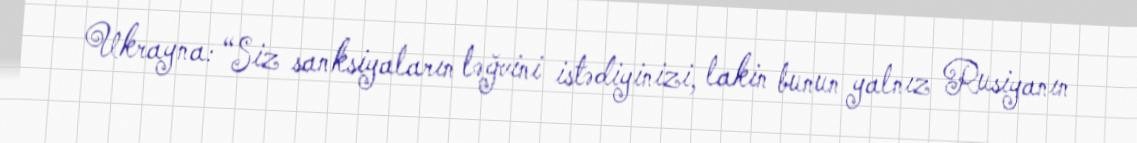
Ukrayna: “Siz sanksiyaların ləğvini istədiyinizi, lakin bunun yalnız Rusiyanın